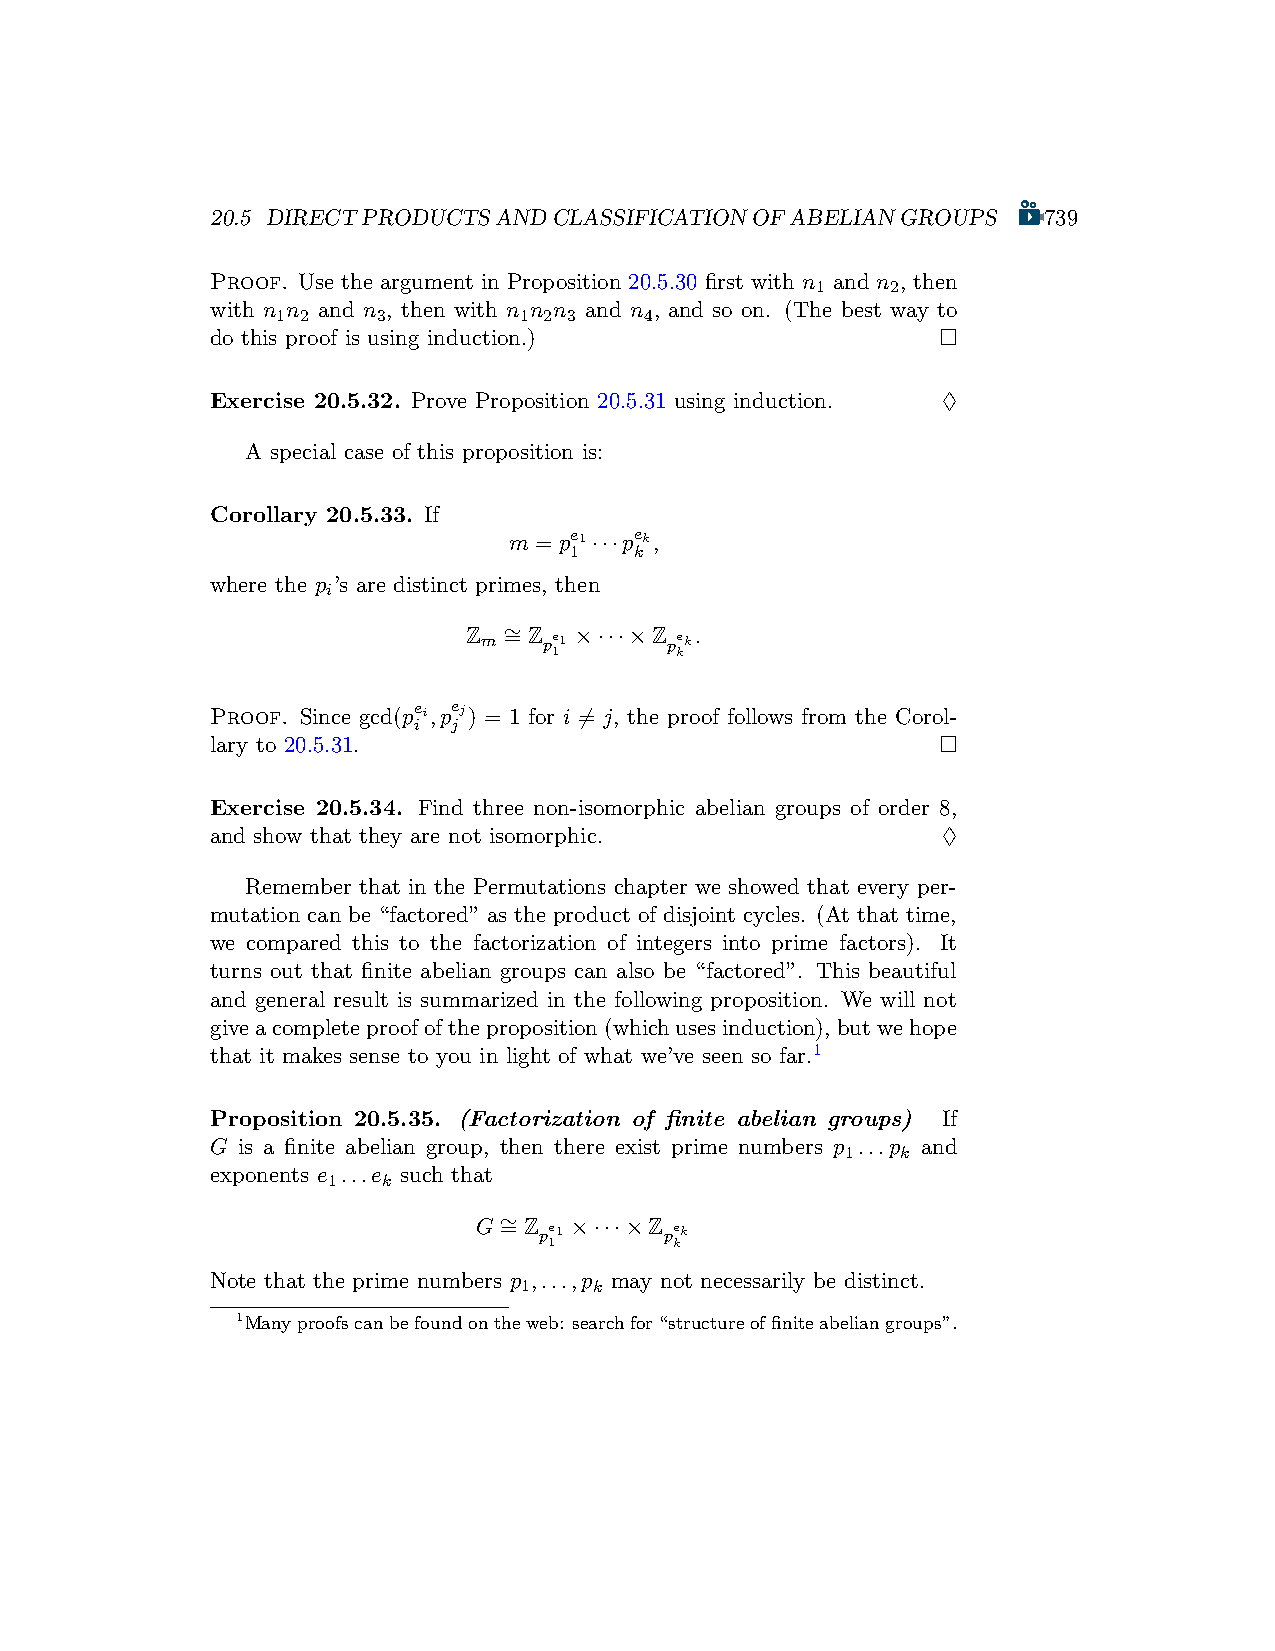
20.5 DIRECTPRODUCTSANDCLASSIFICATIONOFABELIANGROUPS    739
 Proof. Use the argument in Proposition 20.5.30 first with n and n , then
 1    2
 with n n and n , then with n n n and n , and so on. (The best way to
 1 2    3        1 2 3    4
 do this proof is using induction.)              □
 Exercise 20.5.32. Prove Proposition 20.5.31 using induction. ♢
 A special case of this proposition is:
 Corollary 20.5.33. If
 m = pe1···pe k,
 1   k
 where the p ’s are distinct primes, then
 i
 Z m ∼ = Z pe1 ×···×Z pek.
 1       k
 Proof. Since gcd(pei,pej) = 1 for i ̸= j, the proof follows from the Corol-
 i  j
 lary to 20.5.31.                                □
 Exercise 20.5.34. Find three non-isomorphic abelian groups of order 8,
 and show that they are not isomorphic.          ♢
 Remember that in the Permutations chapter we showed that every per-
 mutation can be “factored” as the product of disjoint cycles. (At that time,
 we compared this to the factorization of integers into prime factors). It
 turns out that finite abelian groups can also be “factored”. This beautiful
 and general result is summarized in the following proposition. We will not
 giveacompleteproofoftheproposition(whichusesinduction), butwehope
 that it makes sense to you in light of what we’ve seen so far.1
 Proposition 20.5.35. (Factorization of finite abelian groups) If
 G is a finite abelian group, then there exist prime numbers p ...p and
 1   k
 exponents e ...e such that
 1  k
 G ∼ = Z pe1 ×···×Z pek
 1        k
 Note that the prime numbers p ,...,p may not necessarily be distinct.
 1   k
 1Manyproofscanbefoundontheweb: searchfor“structureoffiniteabeliangroups”.